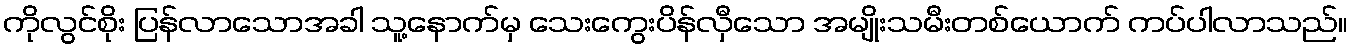
ကိုလွင်စိုး ပြန်လာသောအခါ သူ့နောက်မှ သေးကွေးပိန်လှီသော အမျိုးသမီးတစ်ယောက် ကပ်ပါလာသည်။